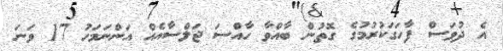
އެ ދުވަސް ފާހަގަކުރުމުގެ ގޮތުން ބާއްވާ ހާއްސަ ޖަލްސާއެއް އަންނަމަހު 17 ވަނަ